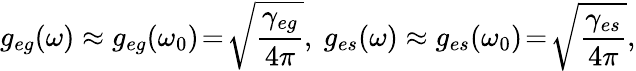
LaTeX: g_{eg}(\omega)\approx g_{eg}(\omega_{0})\! =\! \sqrt{\frac{\gamma_{eg}}{4\pi}},\ g_{es}(\omega)\approx g_{es}(\omega_{0})\! =\! \sqrt{\frac{\gamma_{es}}{4\pi}},